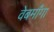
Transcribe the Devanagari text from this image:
वेबमाँगा